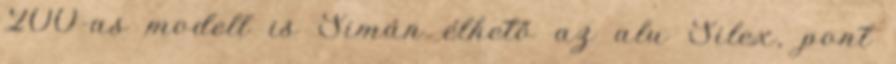
200-as modell is Simán élhető az alu Silex, pont